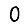
Digit: 0